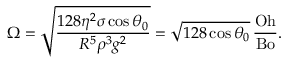
\Omega = \sqrt { \frac { 1 2 8 \eta ^ { 2 } \sigma \cos \theta _ { 0 } } { R ^ { 5 } \rho ^ { 3 } g ^ { 2 } } } = \sqrt { 1 2 8 \cos \theta _ { 0 } } \, \frac { \mathrm { O h } } { \mathrm { B o } } .